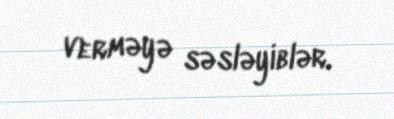
verməyə səsləyiblər.